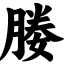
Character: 媵